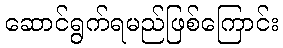
ဆောင်ရွက်ရမည်ဖြစ်ကြောင်း